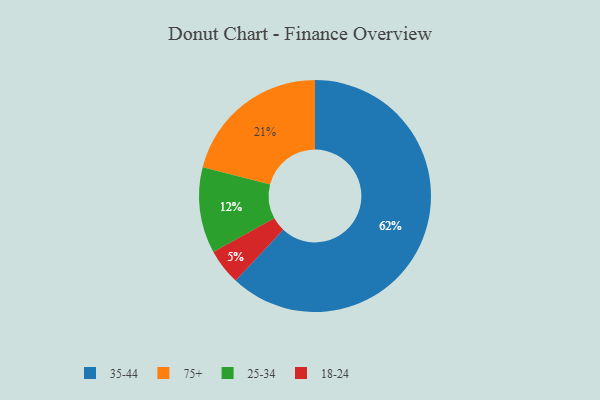
{"axis": {"x": "Category", "y": "Percentage"}, "legend": ["18-24", "25-34", "35-44", "75+"], "data": [{"x": "75+", "y": 21, "type": "75+"}, {"x": "18-24", "y": 5, "type": "18-24"}, {"x": "35-44", "y": 62, "type": "35-44"}, {"x": "25-34", "y": 12, "type": "25-34"}]}